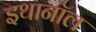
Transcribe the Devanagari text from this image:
इथानॉल